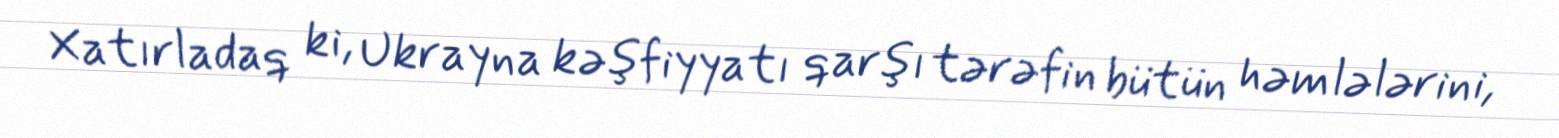
Xatırladaq ki, Ukrayna kəşfiyyatı qarşı tərəfin bütün həmlələrini,